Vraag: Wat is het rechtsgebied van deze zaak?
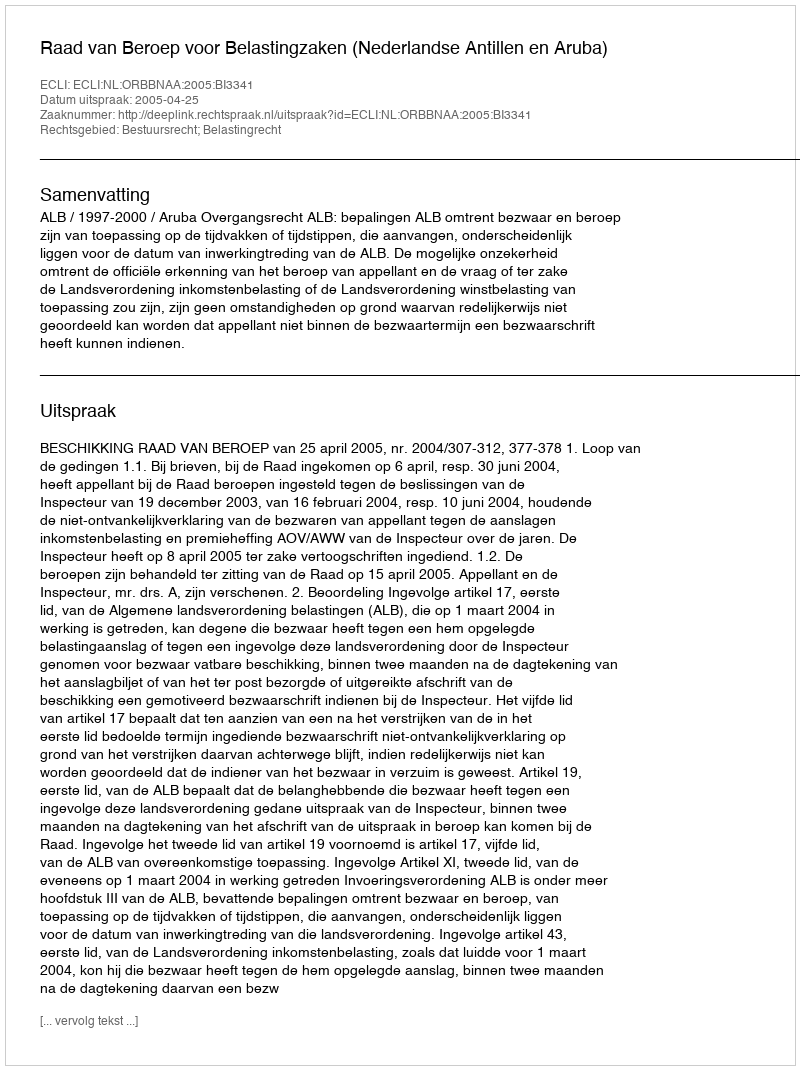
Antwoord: Bestuursrecht; Belastingrecht